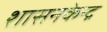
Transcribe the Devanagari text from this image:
शासनकेन्द्र